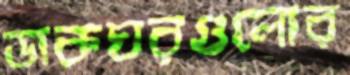
ডাকঘরগুলোর